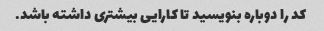
کد را دوباره بنویسید تا کارایی بیشتری داشته باشد.